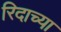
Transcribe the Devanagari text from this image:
रिदाच्या